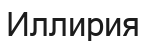
Иллирия